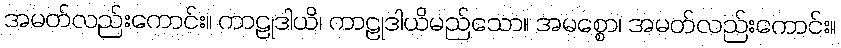
အမတ်လည်းကောင်း။ ကာဠုဒါယိ၊ ကာဠုဒါယိမည်သော။ အမစ္စော၊ အမတ်လည်းကောင်း။